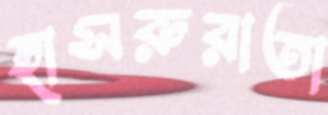
হাসরুরাতা